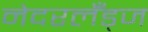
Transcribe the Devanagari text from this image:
नेदरलँड्ज